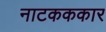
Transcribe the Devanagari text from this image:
नाटकककार